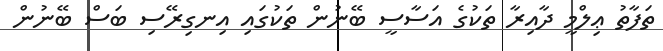
ތަފާތު ޢިލްމީ ދާއިރާ ތަކުގެ އަސާސީ ބޭނުން ތަކުގައި އިނގިރޭސި ބަސް ބޭނުން